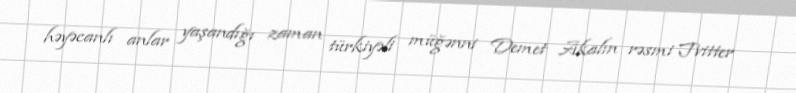
həyəcanlı anlar yaşandığı zaman türkiyəli müğənni Demet Akalın rəsmi Tvitter